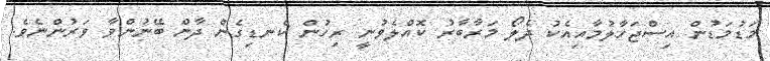
މަޑުމަޑުން އިސްޖަހާލުމާއިއެކު ދެލޯ މަރާބާރު ކޮއްލެވުނީ ރިހުން ކެނޑިގެން ދާން ބޭނުންވާ ވަރުންނެވެ.